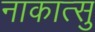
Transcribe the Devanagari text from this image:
नाकात्सु